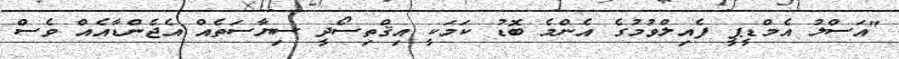
"އަސްލު އެމްޑީޕީ ފެއިލްވުމުގެ އެންމެ ބޮޑު ކަމަކީ އިޤްތިސޯދީ ސިޔާސަތެއް އެޖެންޑާއެއް ވެސް